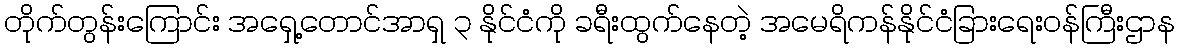
တိုက်တွန်းကြောင်း အရှေ့တောင်အာရှ ၃ နိုင်ငံကို ခရီးထွက်နေတဲ့ အမေရိကန်နိုင်ငံခြားရေးဝန်ကြီးဌာန